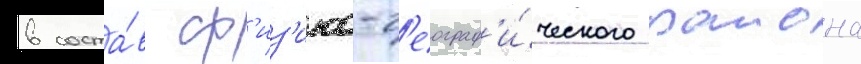
в соста́в ф'из'ико-г'еограф'и́ческого раиона